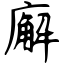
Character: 廨